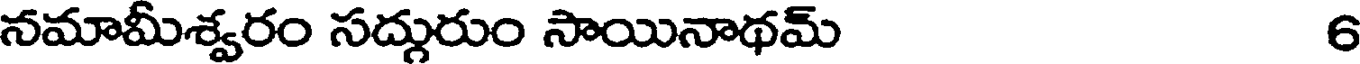
నమామీశ్వరం సద్గురుం సాయినాథమ్ 6